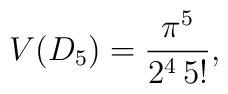
V(D_5) = \frac{\pi^5}{2^4\, 5!},